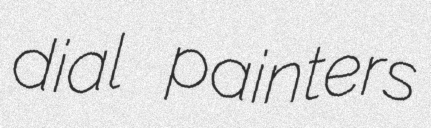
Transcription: dial painters